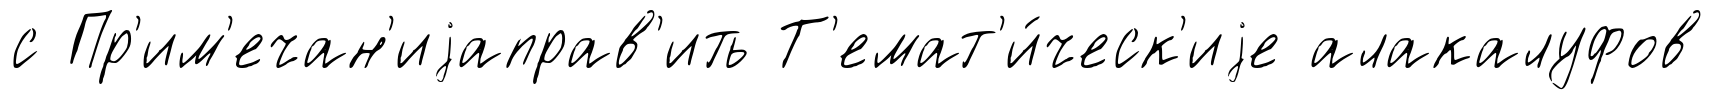
с Пр'им'ечан'иjаправ'ить Т'емат'и́ческ'иjе алакалуфов